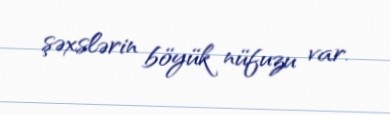
şəxslərin böyük nüfuzu var.